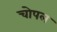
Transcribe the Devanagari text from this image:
चोपल